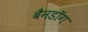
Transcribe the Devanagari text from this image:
बैनडॉग